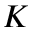
K